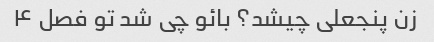
زن پنجعلی چیشد؟ بائو چی شد تو فصل ۴